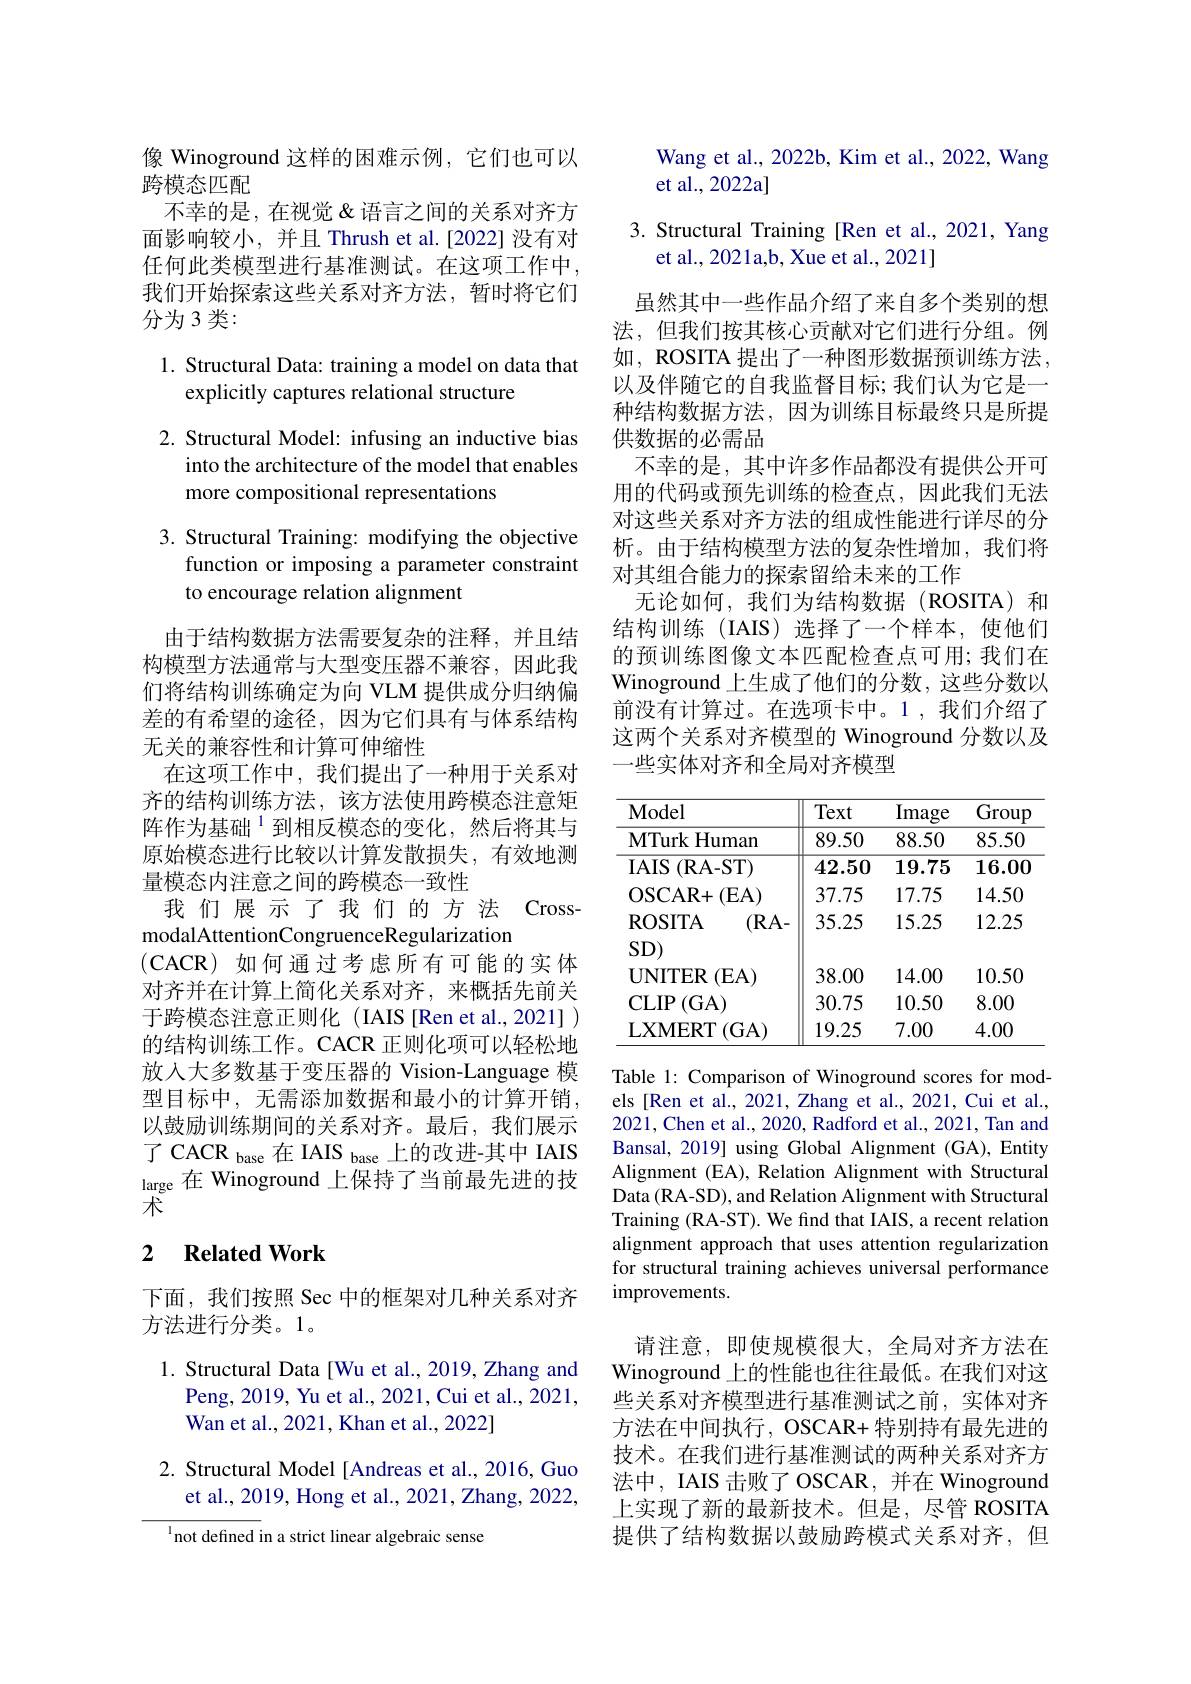
像 Winoground 这样的困难示例，它们也可以
跨模态匹配
不幸的是，在视觉&语言之间的关系对齐方面影响较小，并且 Thrush et al.[2022] 没有对任何此类模型进行基准测试。在这项工作中， 我们开始探索这些关系对齐方法，暂时将它们分为 3 类：

## 1. Structural Data: training a model on data that explicitly captures relational structure

2. Structural Model: infusing an inductive bias
into the architecture of the model that enables
more compositional representations

3. Structural Training: modifying the objective
function or imposing a parameter constraint
to encourage relation alignment

由于结构数据方法需要复杂的注释，并且结构模型方法通常与大型变压器不兼容，因此我们将结构训练确定为向 VLM 提供成分归纳偏差的有希望的途径，因为它们具有与体系结构无关的兼容性和计算可伸缩性
在这项工作中，我们提出了一种用于关系对齐的结构训练方法，该方法使用跨模态注意矩阵作为基础$^{1}$到相反模态的变化，然后将其与原始模态进行比较以计算发散损失，有效地测量模态内注意之间的跨模态一致性
我们展示了我们的方法 Cross-
modalAttentionCongruenceRegularization
(CACR)如何通过考虑所有可能的实体对齐并在计算上简化关系对齐，来概括先前关于跨模态注意正则化 (IAIS [Ren et al., 2021] ) 的结构训练工作。CACR 正则化项可以轻松地放入大多数基于变压器的 Vision-Language 模型目标中，无需添加数据和最小的计算开销， 以鼓励训练期间的关系对齐。最后，我们展示了 CACR base 在 IAIS $_\mathrm{base}$上的改进-其中 IAIS large 在 Winoground 上保持了当前最先进的技术

### 2 $\textbf{Related Work}$

下面，我们按照 Sec 中的框架对几种关系对齐
方法进行分类。1。

1. Structural Data[Wu et al., 2019, Zhang and
Peng, 2019, Yu et al., 2021, Cui et al., 2021,
Wan et al., 2021, Khan et al., 2022]

2. Structural Model [Andreas et al., 2016, Guo
et al., 2019, Hong et al., 2021, Zhang, 2022,

$^{\mathrm{l}}$not defined in a strict linear algebraic sense

# Wang et al., 2022b, Kim et al., 2022, Wang et al., 2022a]

3. Structural Training [Ren et al., 2021, Yang
et al., 2021a,b, Xue et al., 2021]

虽然其中一些作品介绍了来自多个类别的想法，但我们按其核心贡献对它们进行分组。例如，ROSITA 提出了一种图形数据预训练方法， 以及伴随它的自我监督目标；我们认为它是一种结构数据方法，因为训练目标最终只是所提供数据的必需品
不幸的是，其中许多作品都没有提供公开可用的代码或预先训练的检查点，因此我们无法对这些关系对齐方法的组成性能进行详尽的分析。由于结构模型方法的复杂性增加，我们将对其组合能力的探索留给未来的工作
无论如何，我们为结构数据(ROSITA)和结构训练(IAIS)选择了一个样本，使他们的预训练图像文本匹配检查点可用；我们在Winoground 上生成了他们的分数，这些分数以前没有计算过。在选项卡中。1,我们介绍了这两个关系对齐模型的 Winoground 分数以及一些实体对齐和全局对齐模型

<table>
	<tbody>
		<tr>
			<th>$\mathbf{Model}$</th>
			<th>Text</th>
			<th>Image</th>
			<th>Grou</th>
		</tr>
		<tr>
			<td>$\mathbf{MTurkHuman}$</td>
			<td>89.50</td>
			<td>88.50</td>
			<td>85.50</td>
		</tr>
		<tr>
			<td>$IAIS$ $(\mathbf{R}$A-ST)</td>
			<td>42.50</td>
			<td>19.75</td>
			<td>16.00</td>
		</tr>
		<tr>
			<td>(EA) OSCAR+ </td>
			<td>37.75</td>
			<td>17.75</td>
			<td>14.50</td>
		</tr>
		<tr>
			<td>ROSITA $(\mathbf{R}$A, $\mathbf{CD}$</td>
			<td>35.25</td>
			<td>15.25</td>
			<td>12.25</td>
		</tr>
		<tr>
			<td>$\partial DD$ $\mathbf{UNITER}$ (EA)</td>
			<td>38.00</td>
			<td>14.00</td>
			<td>10.50</td>
		</tr>
		<tr>
			<td>$CLIP$ (GA)</td>
			<td>30.75</td>
			<td>10.50</td>
			<td>8.00</td>
		</tr>
		<tr>
			<td>LXMERT (GA)</td>
			<td>19.25</td>
			<td>7.00</td>
			<td>4.00</td>
		</tr>
	</tbody>
</table>

Table 1: Comparison of Winoground scores for models [Ren et al., 2021, Zhang et al., 2021, Cui et al., 2021, Chen et al., 2020, Radford et al., 2021, Tan and Bansal, 2019] using Global Alignment (GA), Entity Alignment (EA), Relation Alignment with Structural Data (RA-SD), and Relation Alignment with Structural Training (RA-ST). We find that IAIS, a recent relation alignment approach that uses attention regularization for structural training achieves universal performance improvements.

请注意，即使规模很大，全局对齐方法在Winoground 上的性能也往往最低。在我们对这些关系对齐模型进行基准测试之前，实体对齐方法在中间执行，OSCAR+ 特别持有最先进的技术。在我们进行基准测试的两种关系对齐方法中，IAIS 击败了 OSCAR, 并在 Winoground 上实现了新的最新技术。但是，尽管 ROSITA 提供了结构数据以鼓励跨模式关系对齐，但